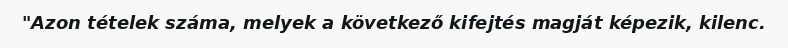
"Azon tételek száma, melyek a következő kifejtés magját képezik, kilenc.